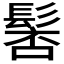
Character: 𩭸